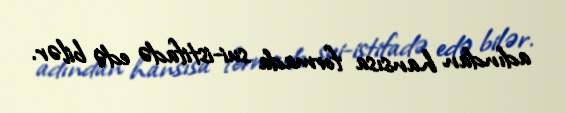
adından hansısa formada sui-istifadə edə bilər.